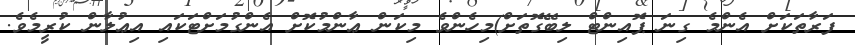
ފަރާތަކަށް އެންމެ ގިނަ ޕޮއިންޓް ލިބޭގޮތަށް)މިހެންވެ މިކަން ޢާންމުކޮށް އެންގުމަށްޓަކައި އިޢުލާން ކުރީމެވެ.